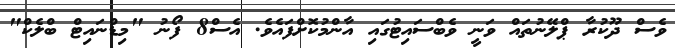
ވެސް ދޫކުރާ ޕްލޭނުތައް ވަނީ ވެބްސައިޓުގައި އާންމުކޮށްފައެވެ. އެސް8 ފޯނު "މިޑްނައިޓް ބްލެކް"